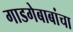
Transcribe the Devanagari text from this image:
गाडगेबाबांचा